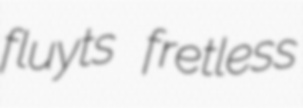
fluyts fretless